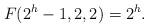
LaTeX: \begin{align*} F(2^h-1,2,2)=2^h.\end{align*}